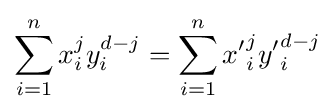
\sum _{i=1}^{n}x_{i}^{j}y_{i}^{d-j}=\sum _{i=1}^{n}{x'}_{i}^{j}{y'}_{i}^{d-j}